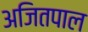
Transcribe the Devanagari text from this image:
अजितपाल